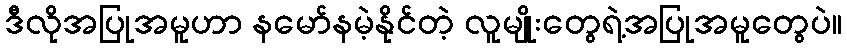
ဒီလိုအပြုအမူဟာ နမော်နမဲ့နိုင်တဲ့ လူမျိုးတွေရဲ့အပြုအမူတွေပဲ။